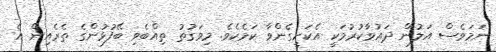
ނަމަވެސް އަލުން ދައުވާކުރުމަކީ އެކަށީގެންވާ ކަމެކެވެ. މިވަގުތު ތިއްބެވި ބޭފުޅުންގެ ތެރެއިން އެ